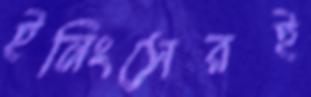
ইনিংসেরই